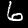
Digit: 6